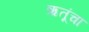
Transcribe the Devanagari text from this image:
ऋतूंचा